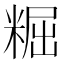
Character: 𥺷